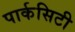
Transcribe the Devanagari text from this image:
पार्कसिटी